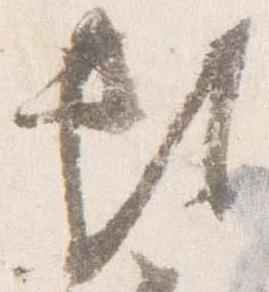
頼